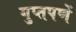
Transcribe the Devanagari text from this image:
गुप्‍तपणें